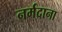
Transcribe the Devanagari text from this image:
नर्मदाना